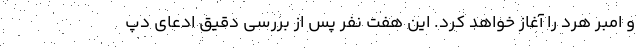
و امبر هرد را آغاز خواهد کرد. این هفت نفر پس از بررسی دقیق ادعای دپ